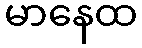
မာနေထ